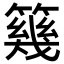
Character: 𥳏